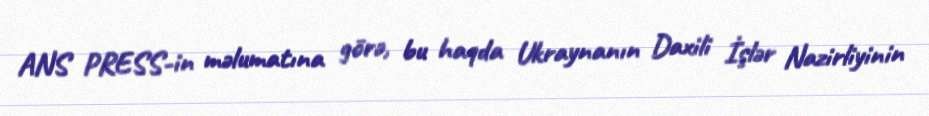
ANS PRESS-in məlumatına görə, bu haqda Ukraynanın Daxili İşlər Nazirliyinin